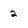
Character: 2